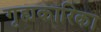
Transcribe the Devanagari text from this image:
गृह्यकारिका